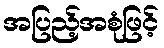
အပြည့်အစုံဖြင့်